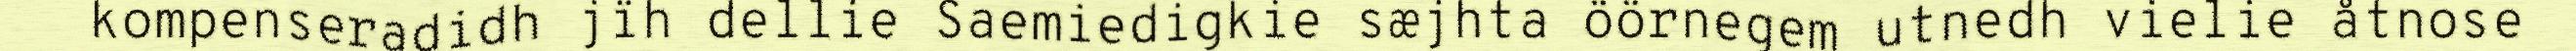
kompenseradidh jïh dellie Saemiedigkie sæjhta öörnegem utnedh vielie åtnose